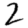
Digit: 2